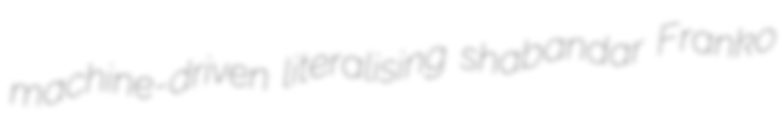
machine-driven literalising shabandar Franko